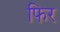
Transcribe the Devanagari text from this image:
फिर